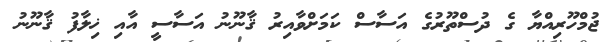
ޖުމްހޫރިއްޔާ ގެ ދުސްތޫރުގެ އަސާސް ކަމަށްވާއިރު ޤާނޫނު އަސާސީ އާއި ޚިލާފު ޤާނޫނު